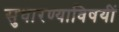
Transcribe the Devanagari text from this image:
सुधारण्याविषयीं